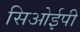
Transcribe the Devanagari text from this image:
सिओईपी